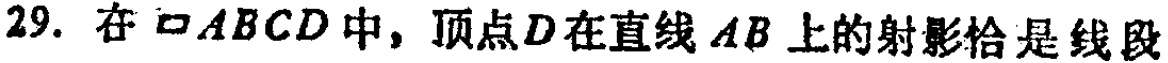
29. 在$\square ABCD$中，顶点$D$在直线$AB$上的射影恰是线段